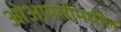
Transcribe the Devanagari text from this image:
ओआयसीमधील